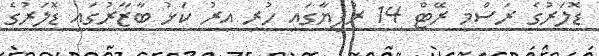
ޑޮލަރުގެ ރަސްމީ ރޭޓް 14 ރުފިޔާގައި ހުރި އިރު ކަޅު ބާޒާރުގައި ޑޮލަރުގެ